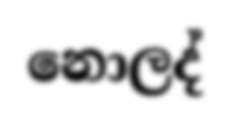
නොලද්